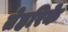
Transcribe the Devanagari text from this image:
तेहरिके